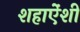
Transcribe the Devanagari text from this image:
शहाऐंशी